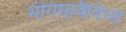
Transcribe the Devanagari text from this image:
भंगिमावैविध्य